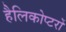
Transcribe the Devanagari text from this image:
हैलिकोप्‍टरों